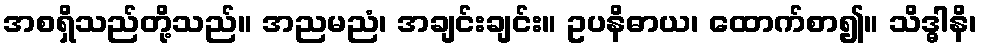
အစရှိသည်တို့သည်။ အညမညံ၊ အချင်းချင်း။ ဥပနိဓာယ၊ ထောက်စာ၍။ သိဒ္ဓါနိ၊